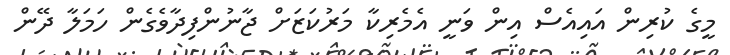
މީގެ ކުރިން އައިއެސް އިން ވަނީ އެމެރިކާ މަރުކަޒަށް ޖާނުންފިދާވެގެން ހަމަލާ ދޭން